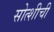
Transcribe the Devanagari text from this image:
सोत्शीची